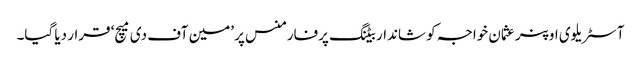
آسٹریلوی اوپنر عثمان خواجہ کو شاندار بیٹنگ پرفارمنس پر ’مین آف دی میچ‘ قرار دیا گیا۔